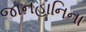
જાનહાનિના